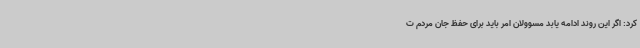
کرد: اگر این روند ادامه یابد مسوولان امر باید برای حفظ جان مردم ت